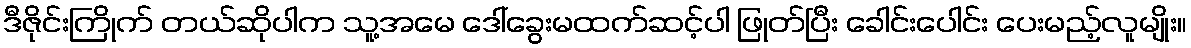
ဒီဇိုင်းကြိုက် တယ်ဆိုပါက သူ့အမေ ဒေါ်ခွေးမထက်ဆင့်ပါ ဖြုတ်ပြီး ခေါင်းပေါင်း ပေးမည့်လူမျိုး။